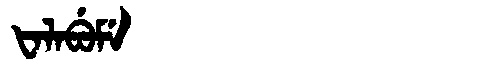
Manchu: ᡶᠠᠯᠠᠪᡠᠮᡝ
Romanization: FALABUME